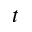
t